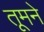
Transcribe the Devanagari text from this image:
तूमने